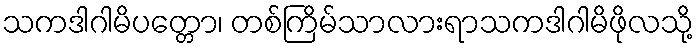
သကဒါဂါမိပတ္တော၊ တစ်ကြိမ်သာလားရာသကဒါဂါမိဖိုလသို့